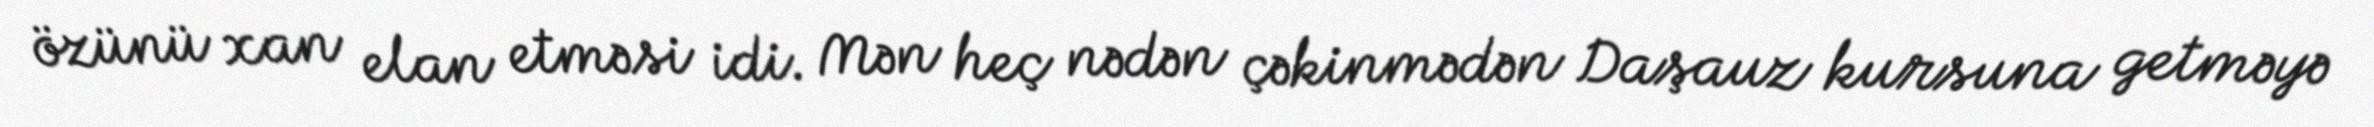
özünü xan elan etməsi idi. Mən heç nədən çəkinmədən Daşauz kursuna getməyə